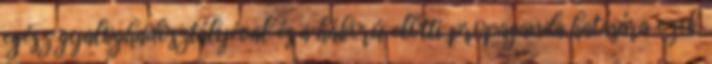
egész gyaloghadosztályéval és a háború előtti propaganda hatására ezek